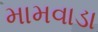
મામવાડા